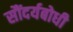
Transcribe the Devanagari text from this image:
सौंदर्यबोधी